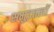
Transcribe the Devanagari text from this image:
समुद्रतलों